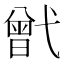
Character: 𢎒